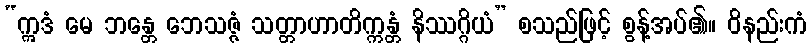
“ဣဒံ မေ ဘန္တေ ဘေသဇ္ဇံ သတ္တာဟာတိက္ကန္တံ နိဿဂ္ဂိယံ” စသည်ဖြင့် စွန့်အပ်၏။ ဝိနည်းကံ